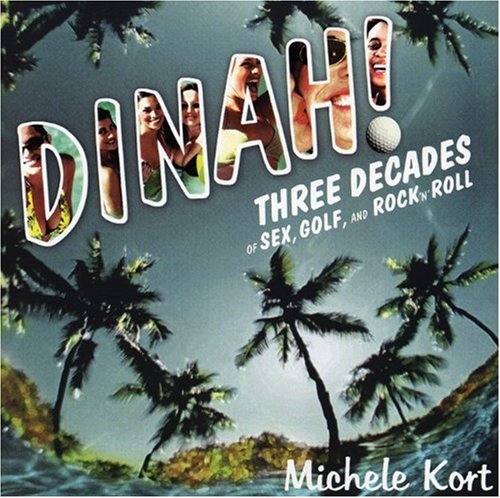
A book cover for Dinah!: Three Decades of Sex, Golf, & Rock 'n' Roll; Michele Kort; Gay & Lesbian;